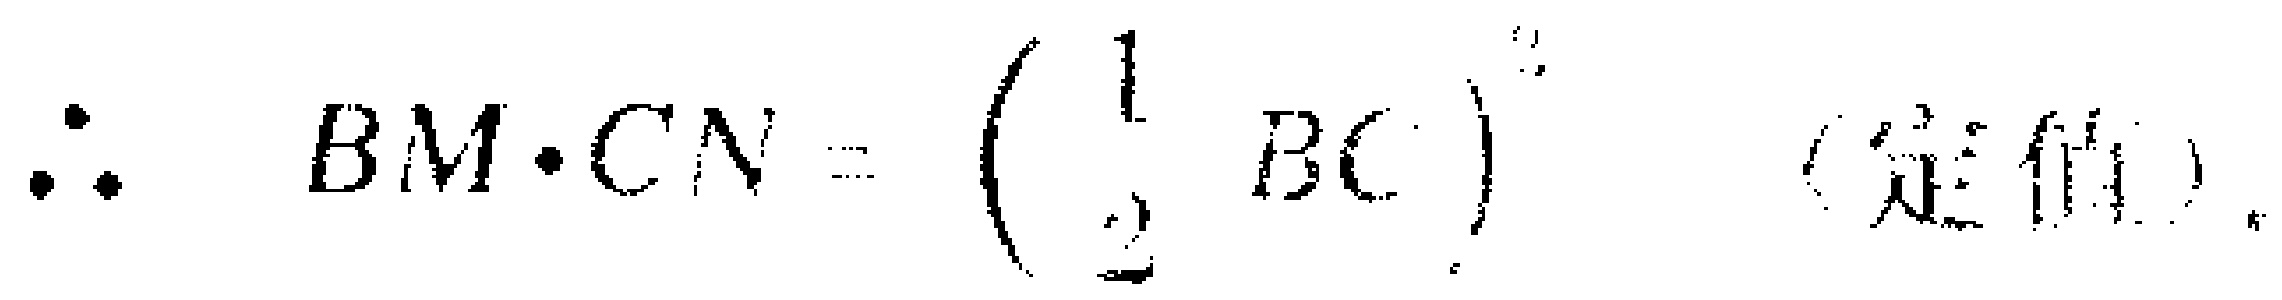
\(\therefore BM\cdot CN = \left(\frac{1}{2}BC\right)^{2}\)（定值）.